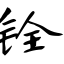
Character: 铨